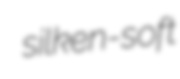
silken-soft